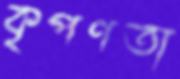
কৃপণতা